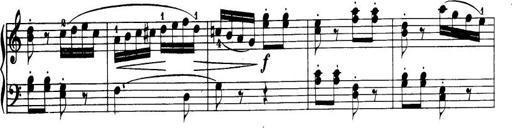
Title: 32 Sonatinas and Rondos for the Piano
Composer: Richard Kleinmichel